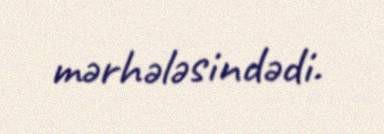
mərhələsindədi.